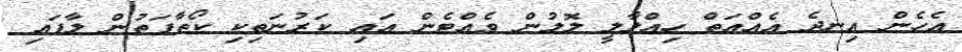
އެހެން އިނދެ އެއްއަތް ހިއްލާލީ ލޮލުން ވެއްޓެން އައި ކަރުނަތިކި ކޯތާފަތުން ލާފައި